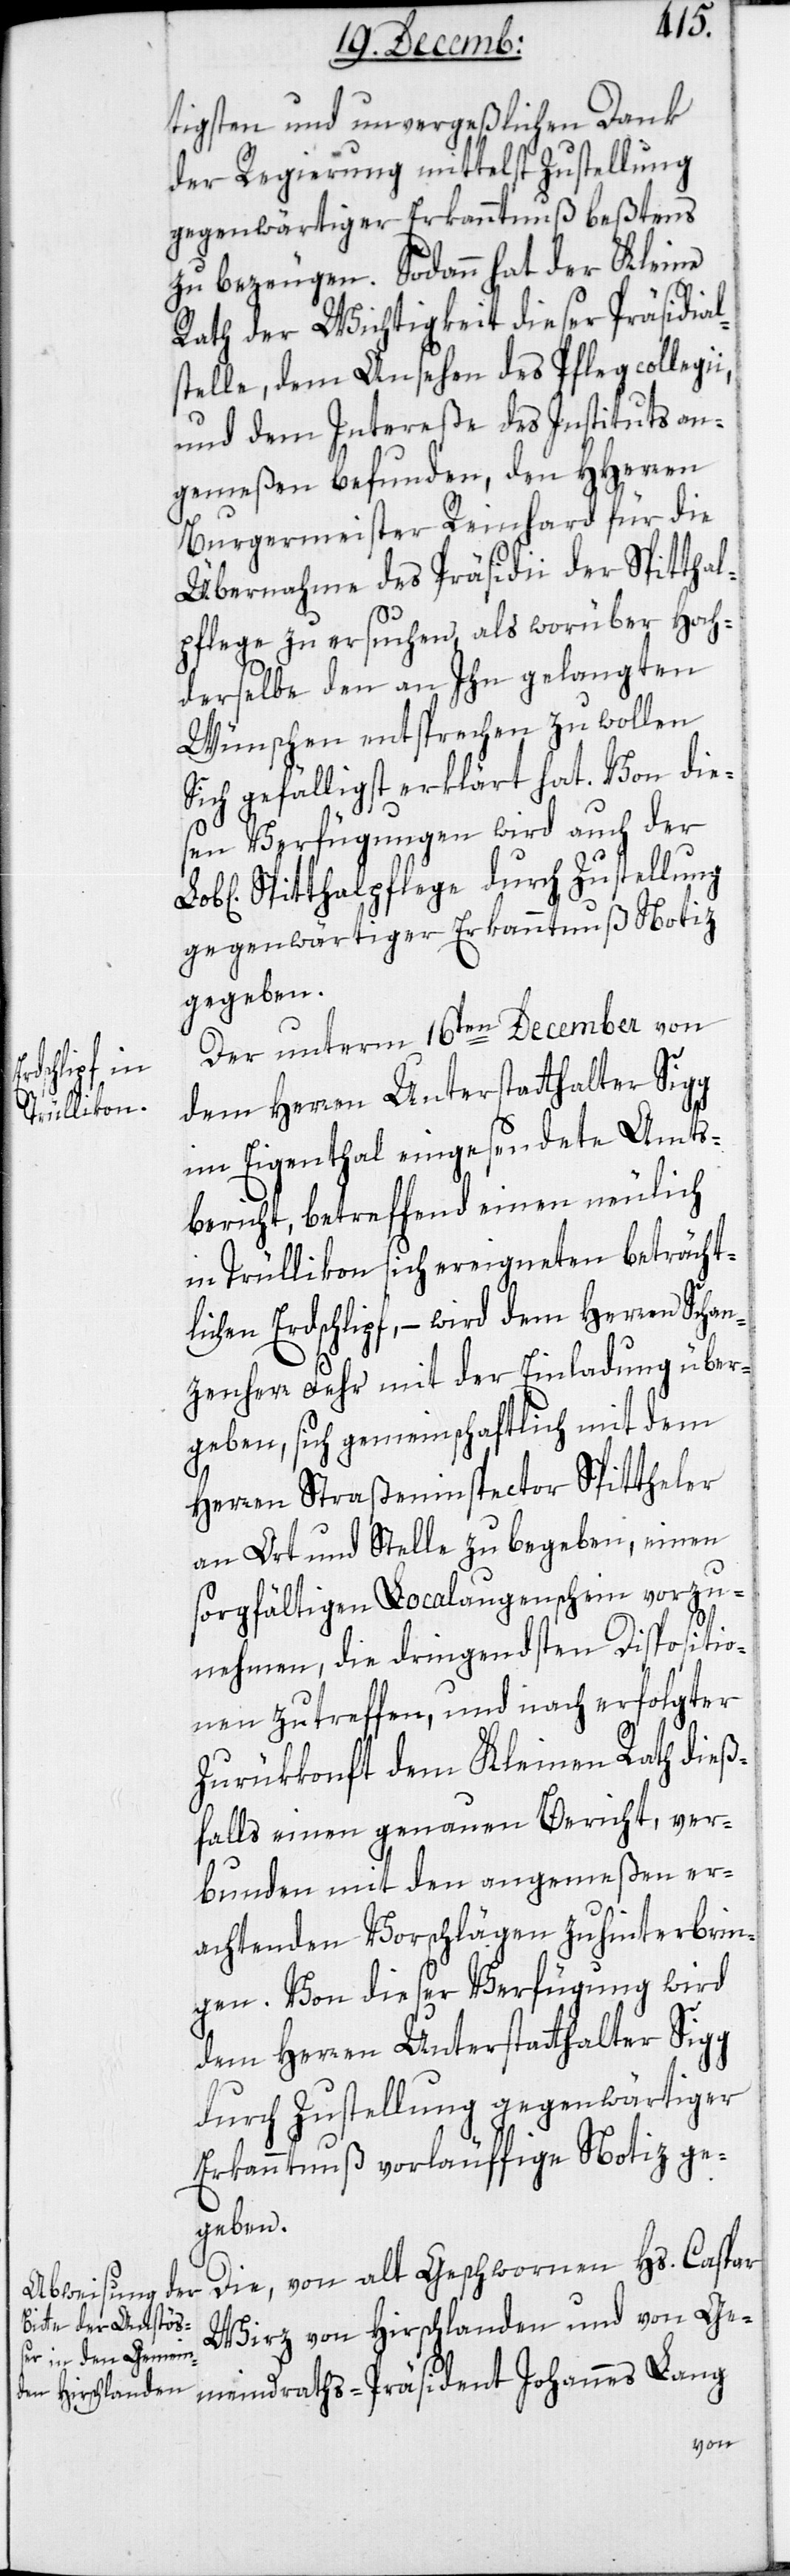
tigsten und unvergeßlichen Dank
der Regierung mittelst Zustellung
gegenwärtiger Erkanntnuß beßtens
zu bezeugen. Sodann hat der Kleine
Rath der Wichtigkeit dieser Präsidial¬
stelle, dem Ansehen des Pflegcollegii,
und dem Intereße des Instituts an¬
gemeßen befunden, den HHerren
Burgermeister Reinhard für die
Übernahme des Präsidii der Spitthal¬
pflege zu ersuchen, als worüber Hoch¬
derselbe den an Ihn gelangten
Wünschen entsprechen zu wollen
sich gefälligst erklärt hat. Von die¬
sen Verfügungen wird auch der
Spitthalpflege durch Zustellung
gegenwärtiger Erkanntnuß Notiz
gegeben.
Der unterm 16ten December von
dem Herren Unterstatthalter Sigg
im Eigenthal eingesendeten Amts¬
bericht, betreffend einen neulich
in Trüllikon sich ereigneten beträcht¬
lichen Erdschlipf, – wird dem Herren Schan¬
zenherr Fehr mit der Einladung über¬
geben, sich gemeinschaftlich mit dem
Herren Straßeninspector Spitteler
an Ort und Stelle zu begeben, einen
sorgfältigen Localaugenschein vorzu¬
nehmen, die dringendsten Dispositio¬
nen zu treffen, und nach erfolgter
Zurükkonft dem Kleinen Rath dieß¬
falls einen genauen Bericht, ver¬
bunden mit den angemeßen er¬
achtenden Vorschlägen zu hinterbrin¬
gen. Von dieser Verfügung wird
durch Zustellung gegenwärtiger
Erkanntnuß vorläufige Notiz ge¬
geben.
Die von alt Geschwornen Hs. Caspar
Wirz von Hirschlanden und von Ge¬
meindraths-Präsident Johannes Lang